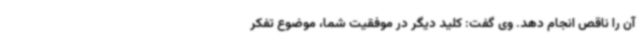
آن را ناقص انجام دهد. وی گفت: کلید دیگر در موفقیت شما، موضوع تفکر